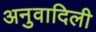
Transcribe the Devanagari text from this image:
अनुवादिली